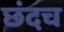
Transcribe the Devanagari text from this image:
छंदच